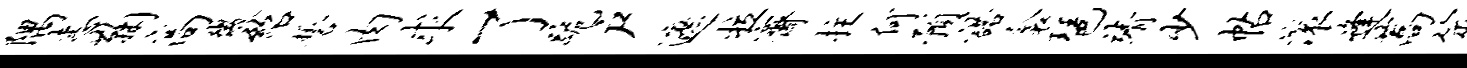
隅恚鞠高微绍誓肉求了跪户遮拉斋拄何预诺衾琶靖少帖滚逢蒿筮